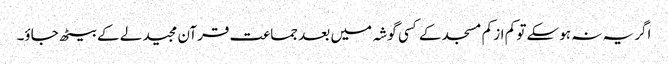
اگر یہ نہ ہوسکے تو کم از کم مسجد کے کسی گوشہ میں بعد جماعت قرآن مجید لے کے بیٹھ جاؤ۔